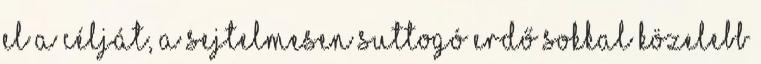
el a célját, a sejtelmesen suttogó erdő sokkal közelebb